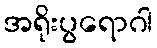
အရိုးပွရောဂါ